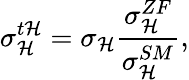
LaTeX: \sigma_{\mathcal{H}}^{t\mathcal{H}}=\sigma_{\mathcal{H}}\frac{{\sigma_{\mathcal{H}}^{ZF}}}{{\sigma_{\mathcal{H}}^{SM}}},